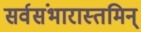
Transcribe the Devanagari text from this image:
सर्वसंभारास्तमिन्‌